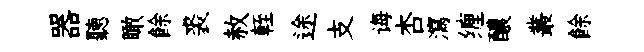
器聽瞰餘裘赦輊途支诲杏瀉缠醲叢餘